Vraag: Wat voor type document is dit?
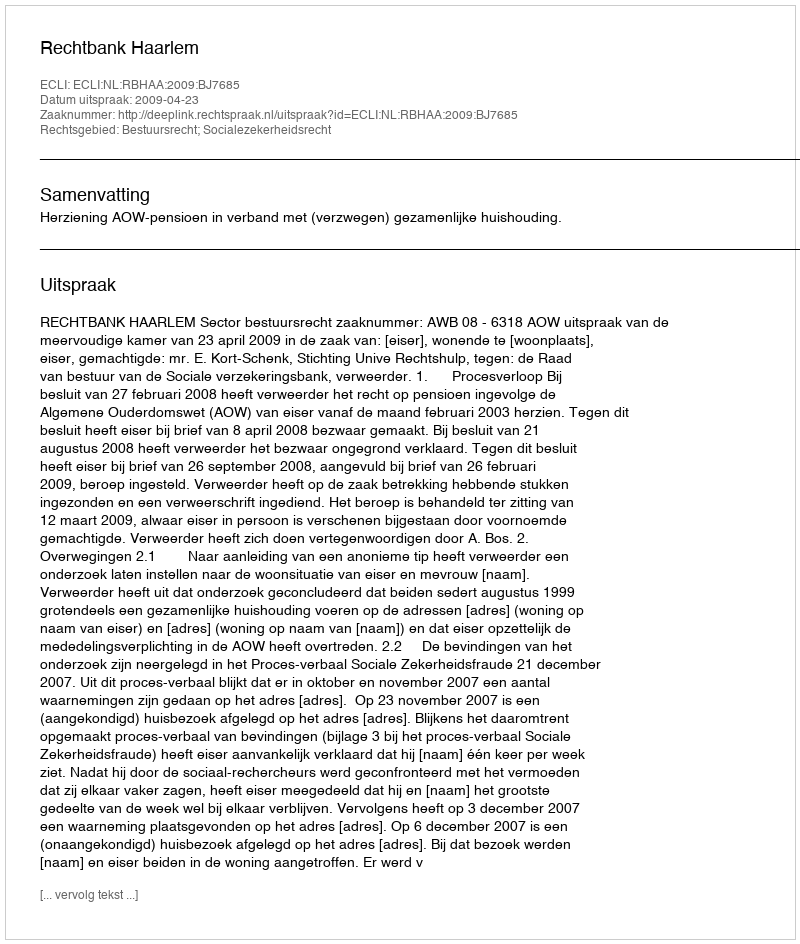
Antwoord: Uitspraak